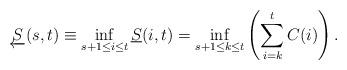
LaTeX: \begin{align*} \underleftarrow{S}(s,t) \equiv \inf_{s+1\le i\le t} \underline{S}(i,t) = \inf_{{s+1}\le{k}\le{t}}\left(\sum\limits_{i=k}\limits^{t}{C(i)}\right).\end{align*}